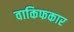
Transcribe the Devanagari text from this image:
वाकिफकार